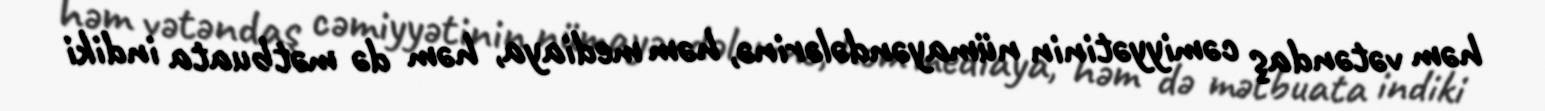
həm vətəndaş cəmiyyətinin nümayəndələrinə, həm mediaya, həm də mətbuata indiki